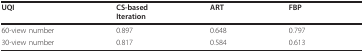
<table><thead><tr><td><b>UQI</b></td><td><b>CS-basedIteration</b></td><td><b>ART</b></td><td><b>FBP</b></td></tr></thead><tbody><tr><td>60-view number</td><td>0.897</td><td>0.648</td><td>0.797</td></tr><tr><td>30-view number</td><td>0.817</td><td>0.584</td><td>0.613</td></tr></tbody></table>